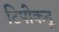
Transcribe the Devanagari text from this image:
टिपीकनू